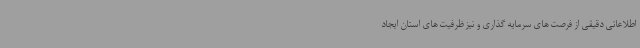
اطلاعاتی دقیقی از فرصت های سرمایه گذاری و نیز ظرفیت های استان ایجاد